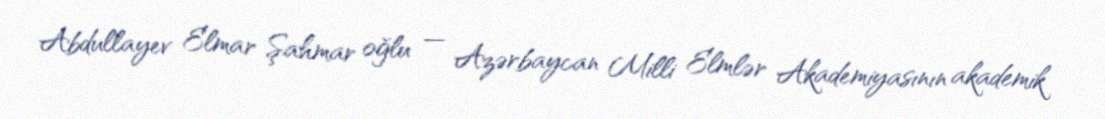
Abdullayev Elmar Şahmar oğlu — Azərbaycan Milli Elmlər Akademiyasının akademik